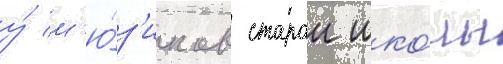
у́ м'ю́з'иклов старои шко́лы